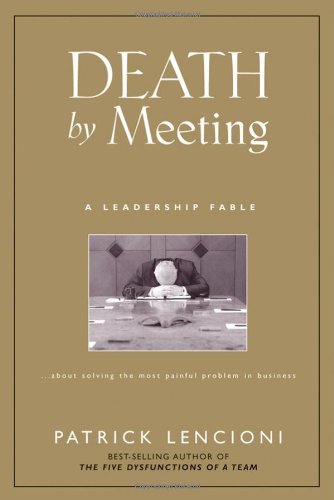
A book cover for Death by Meeting: A Leadership Fable...About Solving the Most Painful Problem in Business; Patrick Lencioni; Business & Money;